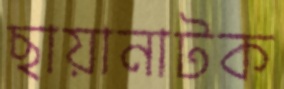
ছায়ানাটক